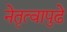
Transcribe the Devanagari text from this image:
नेतृत्वापुढे